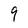
Character: 9